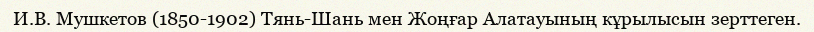
И.В. Мушкетов (1850-1902) Тянь-Шань мен Жоңғар Алатауының кұрылысын зерттеген.